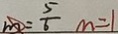
m = \frac { 5 } { 6 } m = 1